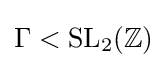
\Gamma <{\text{SL}}_{2}(\mathbb {Z} )